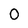
Character: 0